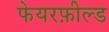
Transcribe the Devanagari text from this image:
फेयरफ़ील्ड